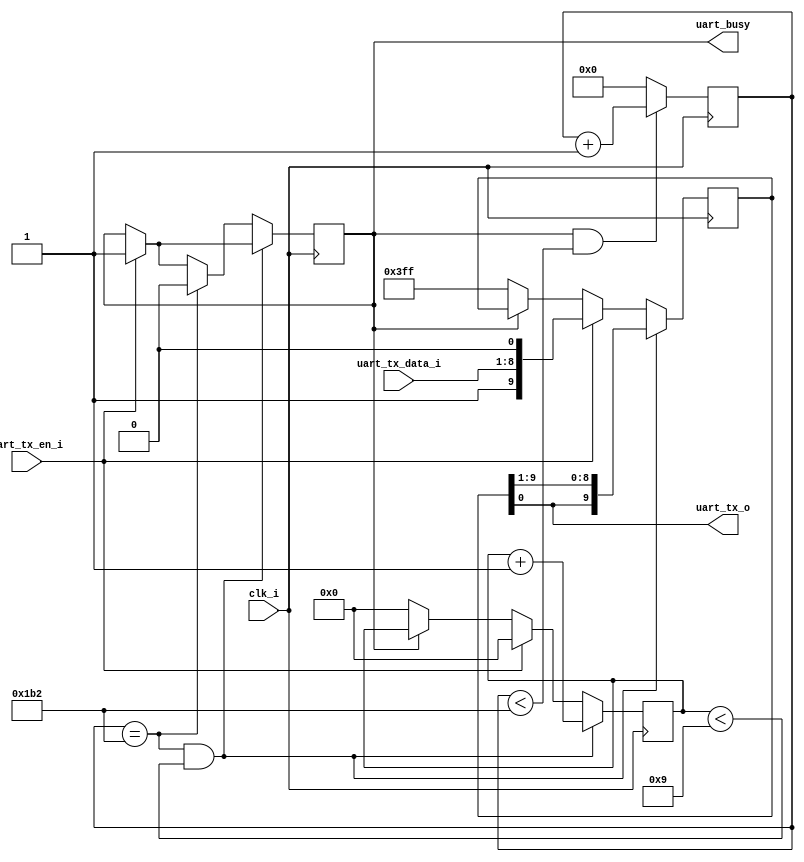
`timescale 1ns / 1ps

module uart_tx_path(
	input clk_i,
	input [7:0] uart_tx_data_i,	//
	input uart_tx_en_i,			//
	output uart_tx_o,
	output uart_busy
);

parameter [13:0] BAUD_DIV     = 14'd434;//9600bps100Mhz/9600 - 1'b1=5207
//
reg bps_start_en = 1'b0;
reg [13:0] baud_div = 14'd0;

assign uart_busy = bps_start_en;

always@(posedge clk_i)begin
    if(bps_start_en && baud_div < BAUD_DIV)	
        baud_div <= baud_div + 1'b1;
    else 
        baud_div <= 14'd0;
end

reg [9:0] uart_tx_data_r = 10'h3ff;
wire bps_en = (baud_div == BAUD_DIV);
reg [3:0] tx_cnt = 4'd0;
assign uart_tx_o = uart_tx_data_r[0];
always@(posedge clk_i)begin
//
    if(uart_tx_en_i) begin
        bps_start_en <= 1'b1;
        tx_cnt <= 4'd0;
        uart_tx_data_r <= {1'b1,uart_tx_data_i[7:0],1'b0};
    end
    else if(!bps_start_en)begin//bps_start_en0
        uart_tx_data_r <= 10'h3ff;
        tx_cnt <= 4'd0;
    end
// 
    if(bps_en && tx_cnt < 4'd9)begin
         uart_tx_data_r <= {uart_tx_data_r[0],uart_tx_data_r[9:1]};
         tx_cnt <= tx_cnt + 1'b1;
    end
    else if(bps_en)begin
         bps_start_en <= 1'd0;
    end
end   

endmodule